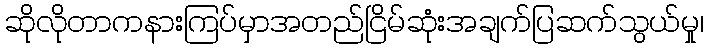
ဆိုလိုတာကနားကြပ်မှာအတည်ငြိမ်ဆုံးအချက်ပြဆက်သွယ်မှု၊